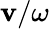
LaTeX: \mathbf{v}/\omega